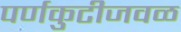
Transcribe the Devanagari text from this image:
पर्णकुटीजवळ